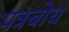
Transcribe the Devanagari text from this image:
पत्रबोध